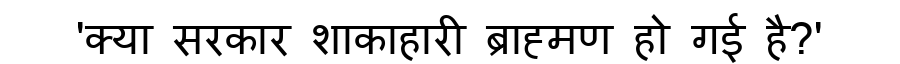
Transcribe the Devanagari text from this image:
'क्या सरकार शाकाहारी ब्राह्मण हो गई है?'